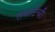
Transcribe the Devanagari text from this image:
लघाटेंची